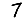
Digit: 7